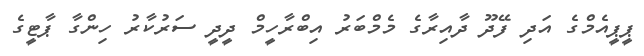
ޕީޕީއެމްގެ އަދި ފޭދޫ ދާއިރާގެ މެމްބަރު އިބްރާހީމް ދީދީ ސަރުކާރު ހިންގާ ޕާޓީގެ